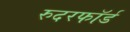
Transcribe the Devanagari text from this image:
रुदरफॉर्ड